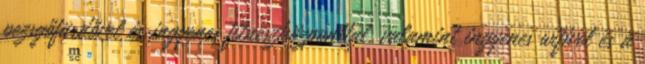
pezsgőfürdővel és ingyenes fitneszközponttal, valamint ingyenes wifivel és a